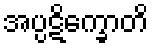
အပ္ပဋိက္ခောတိ